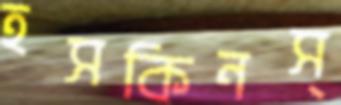
হসকিনস্